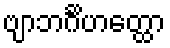
ဗျာဘင်္ဂိဟတ္ထော